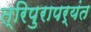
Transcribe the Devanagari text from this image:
त्रिपुरापर्यंत